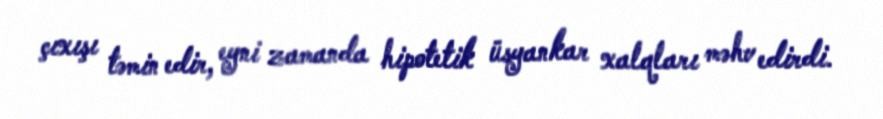
çıxışı təmin edir, eyni zamanda hipotetik üsyankar xalqları məhv edirdi.